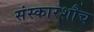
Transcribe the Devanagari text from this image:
संस्कारशौच